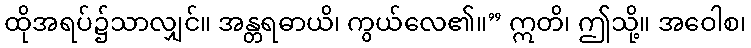
ထိုအရပ်၌သာလျှင်။ အန္တရဓာယိ၊ ကွယ်လေ၏။” ဣတိ၊ ဤသို့။ အဝေါစ၊